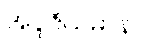
အပူဇိယမာနာ